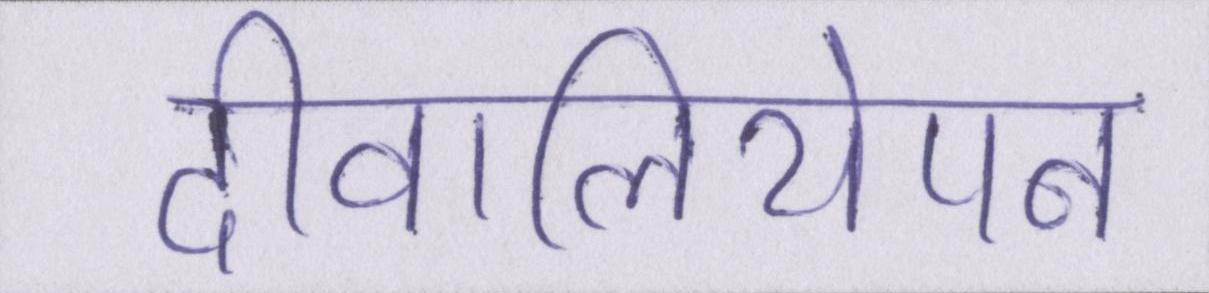
दीवालियेपन